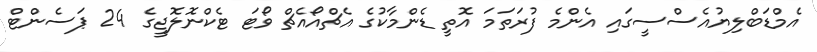
އެމްޑަބްލިޔުއެސްސީގައި އެންމެ ފުރަތަމަ އޮތީ ޑެންމާކުގެ އެޗްއޯއެޗް ވޯޓަ ޓެކްނޮލޮޖީގެ 24 ޕަސެންޓް